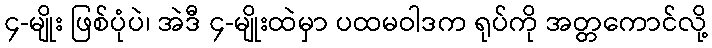
၄-မျိုး ဖြစ်ပုံပဲ၊ အဲဒီ ၄-မျိုးထဲမှာ ပထမဝါဒက ရုပ်ကို အတ္တကောင်လို့